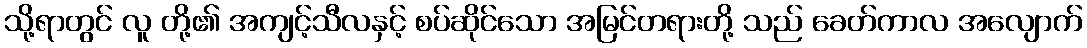
သို့ရာတွင် လူ တို့၏ အကျင့်သီလနှင့် စပ်ဆိုင်သော အမြင်တရားတို့ သည် ခေတ်ကာလ အလျောက်